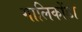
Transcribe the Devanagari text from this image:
गालिकोंडा